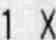
1 X